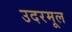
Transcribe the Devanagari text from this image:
उदरमूल